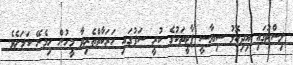
ލިސްޓުގައި އިދިކޮޅު ސިޔާސީ ޕާޓީތަކުގެ ކުރީ ސަފުގައި ހަރަކާތްތެރިވާ މީހުން ހިމެނޭ ކަމަށެވެ.